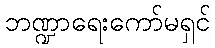
ဘဏ္ဍာရေးကော်မရှင်